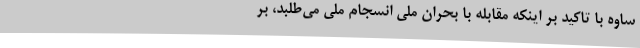
ساوه با تاکید بر اینکه مقابله با بحران ملی انسجام ملی می‌طلبد، بر